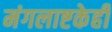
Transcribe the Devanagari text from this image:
मंगलाष्टकेही